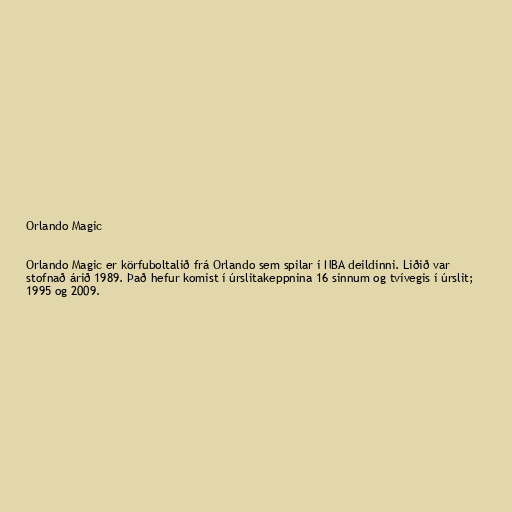
Orlando Magic

Orlando Magic er körfuboltalið frá Orlando sem spilar í NBA deildinni. Liðið var
stofnað árið 1989. Það hefur komist í úrslitakeppnina 16 sinnum og tvívegis í úrslit;
1995 og 2009.